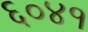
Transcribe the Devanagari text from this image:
६०४१